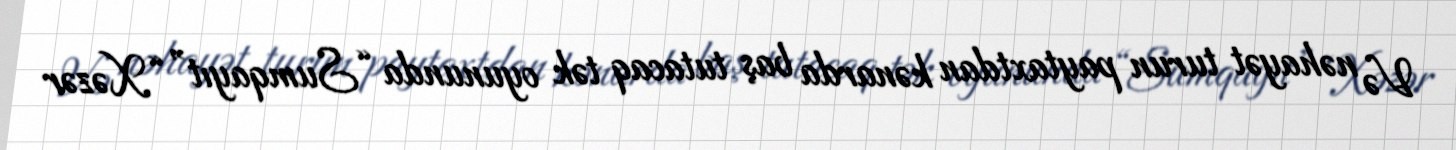
Və nəhayət turun paytaxtdan kənarda baş tutacaq tək oyununda “Sumqayıt” “Xəzər